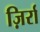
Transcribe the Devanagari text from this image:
ज़िर्रा